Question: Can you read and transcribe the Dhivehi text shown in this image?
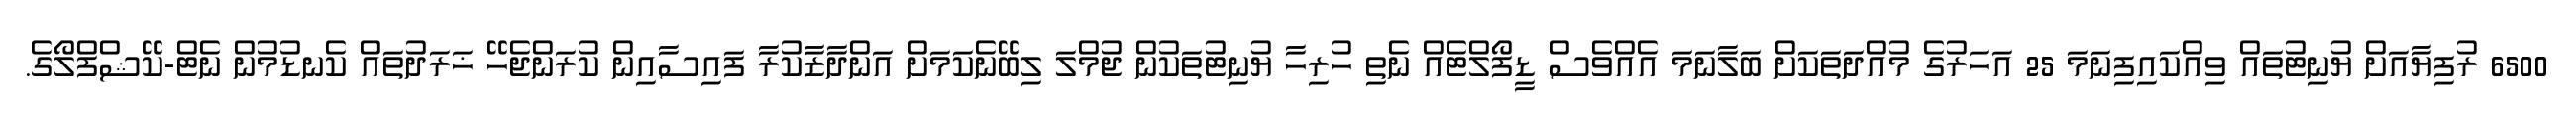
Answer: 6500 ރުފިޔާއަށް ޔުނިޓުތައް ވިއްކައިފިނަމަ 25 އަހަރުގެ މުއްދަތަކަށް ބަލާނަމަ އެއްވެސް ޑީފޯލްޓެއް ނެތި ހުރިހާ ޔުނިޓުތަކުން ޖުމްލަ ލިބޭނެކަމަށް އަންދާޒާކުރާ ފައިސާއިން ކުރަންޖެހޭ ޚަރަދުތައް ކެނޑުމުން ނެޓް-ކޭޝްފްލޯގެ.